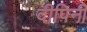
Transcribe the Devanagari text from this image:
दीपिनी